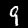
Digit: 9